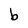
Character: b